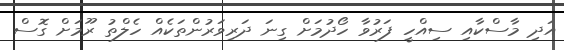
އަދި މާސްކާއި ސިއްހީ ފަރުވާ ހޯދުމަށް ގިނަ ދަރިވަރުންތަކެއް ހެލްތު ރޫމަށް ގޮސް